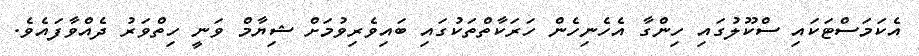
އެކަމަސްޓަކައި ސްކޫލުގައި ހިންގާ އެހެނިހެން ހަރަކާތްތަކުގައި ބައިވެރިވުމަށް ޝިޔާމް ވަނީ ހިތްވަރު ދެއްވާފައެވެ.